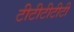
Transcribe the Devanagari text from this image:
टीटीटीटीटी